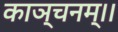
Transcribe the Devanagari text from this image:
काञ्चनम्।।